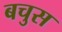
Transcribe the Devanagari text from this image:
बचुस